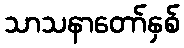
သာသနာတော်နှစ်